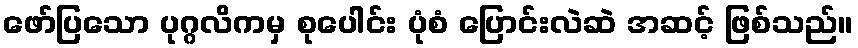
ဖော်ပြသော ပုဂ္ဂလိကမှ စုပေါင်း ပုံစံ ပြောင်းလဲဆဲ အဆင့် ဖြစ်သည်။